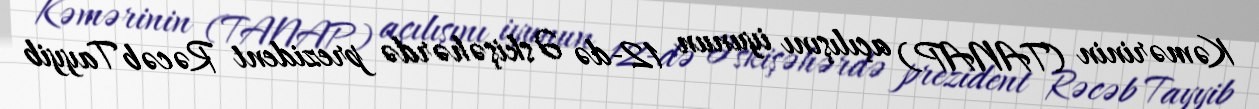
Kəmərinin (TANAP) açılışını iyunun 12-də Əskişəhərdə prezident Rəcəb Tayyib